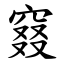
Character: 窡